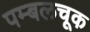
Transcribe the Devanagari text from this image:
पम्बलचूक